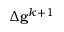
\Delta \mathbf { g } ^ { k + 1 }